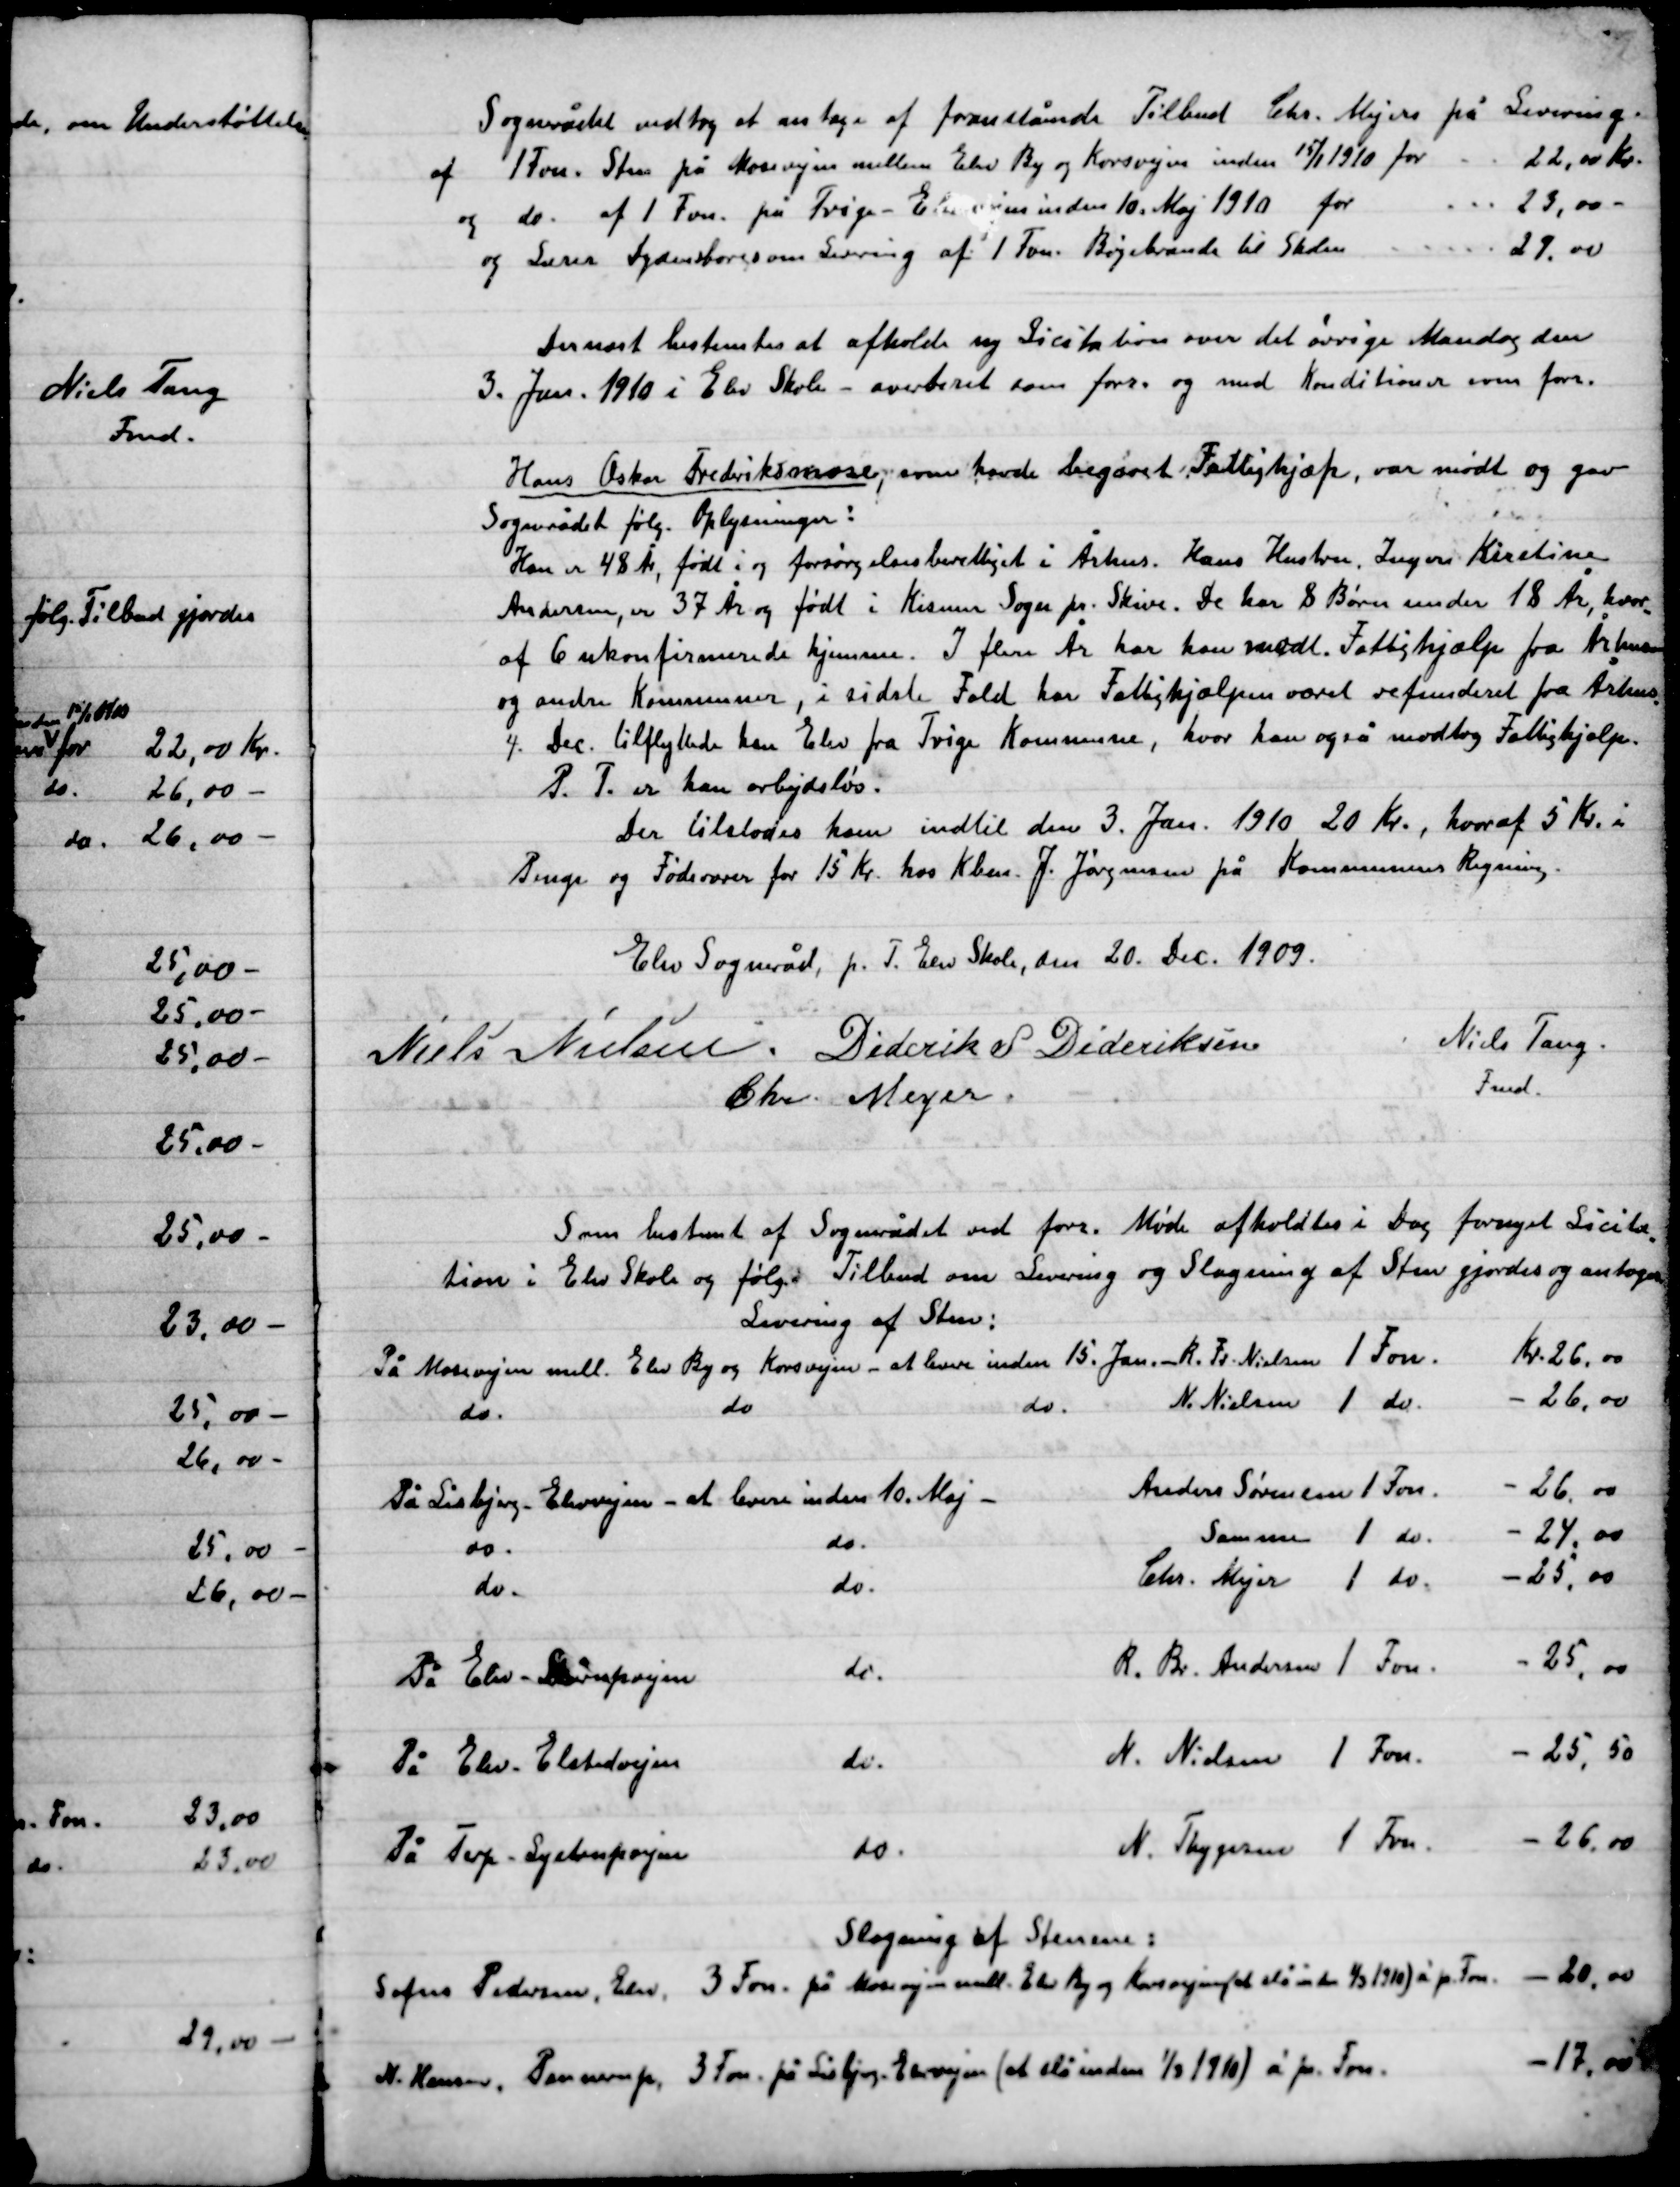
Transskription:
Sognerådet vedtog at antage af foranstående Tilbud Chr. Mejers på Levering
af 1 Favn sten på Mosevejen mellem Elev By og Korsvejen inden 15/1  1910 for	22,00 Kr.
og do. af 1 Fvn. på Trige-Elevvejen inden 10. Maj 1910 for									23,00 –
og Lærer Dydensborgs om Levering af 1 Fvn. Bøgebrænde til skolen					29,00 –

Dernæst bestemtes at afholde ny Licitation over det øvrige Mandag den
3. Jan. 1910 i Elev Skole – overberet som forr. og med Konditioner som forr.

Hans Oskar Frederiksmose som havde begæret Fattighjælp, var mødt og gav
Sognerådet følg. Oplysninger:
Han er 48 År, født i og forsørgelsesberettiget i Århus. Hans Hustru, Inger Kristine
Andersen, er 37 År og født i Kisum Sogn pr. Skive. De har 8 Børn under 18 År, hvor-
af 6 ukonfirmerede hjemme. I flere År har han modt. Fattighjælp fra Århus
og andre Kommuner, i sidste Fald har Fattighjælpen været refunderet fra Århus
4. Dec. tilflyttede han Elev fra Trige Kommune, hvor han også modtog Fattighjælp.
P.T. er han arbejdsløs.
Der tilstodes ham indtil den 3. Jan. 1910 20 Kr. hvoraf 5 Kr. i
Penge og Fødevarer for 15 Kr. hos Kbm. J. Jørgensen på Kommunens Regning.

Elev Sogneråd, pr. T. Elev skole, den 20. Dec. 1909.

Niels Nielsen
Dideriks S. Dideriksen
Chr. Meyer
Niels Tang.
Fmd.